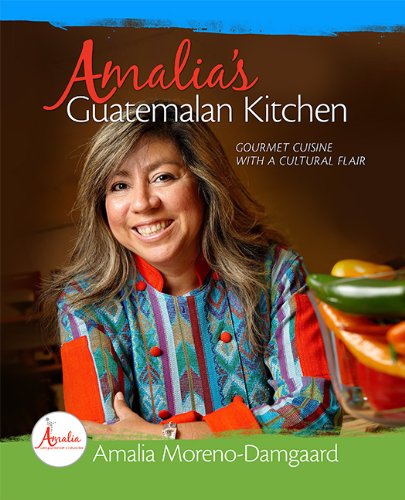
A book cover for Amalia's Guatemalan Kitchen - Gourmet Cuisine with a Cultural Flair; Amalia Moreno-Damgaard; Cookbooks, Food & Wine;